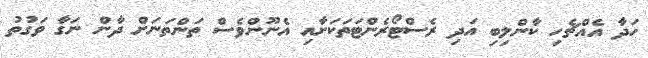
ހަދާ އެއްޗެހި ކާންލިބި އަދި ރެސްޓޯރެންޓަތަކަށާއި އެނޫންވެސް ތަންތަނަށް ދާން ނަގާ ވަގުތު